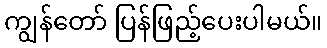
ကျွန်တော် ပြန်ဖြည့်ပေးပါမယ်။